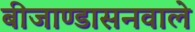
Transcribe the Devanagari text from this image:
बीजाण्डासनवाले